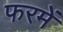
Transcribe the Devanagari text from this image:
फरमें